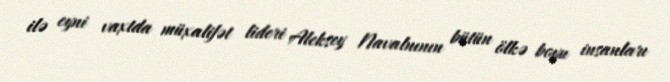
ilə eyni vaxtda müxalifət lideri Aleksey Navalnının bütün ölkə boyu insanları